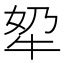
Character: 𪺫